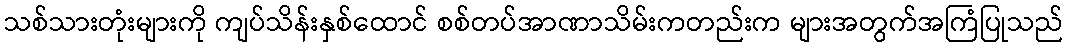
သစ်သားတုံးများကို ကျပ်သိန်းနှစ်ထောင် စစ်တပ်အာဏာသိမ်းကတည်းက များအတွက်အကြံပြုသည်